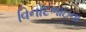
વિનોદભાઇના